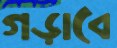
গড়াবে